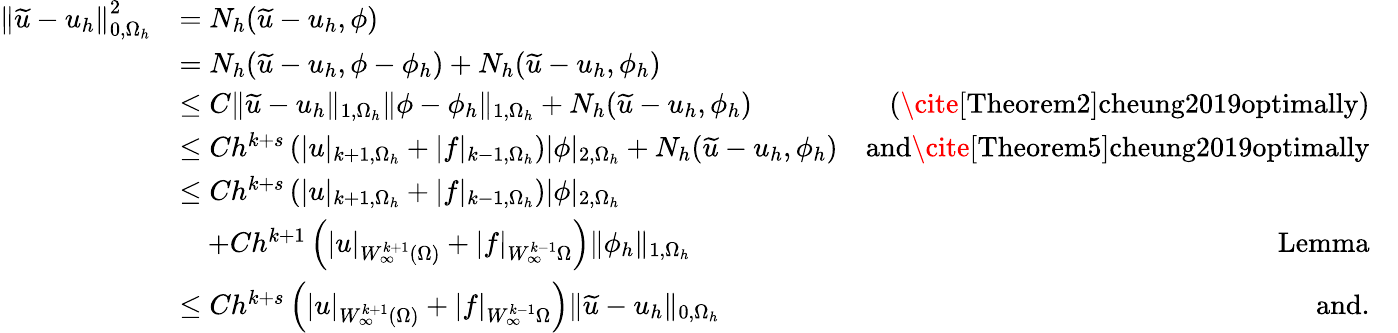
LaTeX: \begin{array}{rlrl}{\left\| \widetilde u-u_{h}\right\| _{0,\Omega_{h}}^{2}}&{=N_{h}(\widetilde u-u_{h},\phi)}&\\ &{=N_{h}(\widetilde u-u_{h},\phi-\phi_{h})+N_{h}(\widetilde u-u_{h},\phi_{h})}&\\ &{\leq C\| \widetilde u-u_{h}\| _{1,\Omega_{h}}\| \phi-\phi_{h}\| _{1,\Omega_{h}}+N_{h}(\widetilde u-u_{h},\phi_{h})}&{\textrm{(\cite[Theorem2]{cheung2019optimally})}}\\ &{\leq Ch^{k+s}\left(|u|_{k+1,\Omega_{h}}+|f|_{k-1,\Omega_{h}}\right)|\phi|_{2,\Omega_{h}}+N_{h}(\widetilde u-u_{h},\phi_{h})}&{\textrm{and\cite[Theorem5]{cheung2019optimally}}}\\ &{\leq Ch^{k+s}\left(|u|_{k+1,\Omega_{h}}+|f|_{k-1,\Omega_{h}}\right)|\phi|_{2,\Omega_{h}}}&&{}\\ &{\quad+Ch^{k+1}\left(|u|_{W_{\infty}^{k+1}(\Omega)}+|f|_{W_{\infty}^{k-1}\Omega}\right)\| \phi_{h}\| _{1,\Omega_{h}}}&{\textrm{Lemma}}\\ &{\leq Ch^{k+s}\left(|u|_{W_{\infty}^{k+1}(\Omega)}+|f|_{W_{\infty}^{k-1}\Omega}\right)\| \widetilde u-u_{h}\| _{0,\Omega_{h}}}&{\textrm{and}.}\end{array}